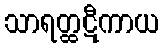
သာရတ္ထဋီကာယ